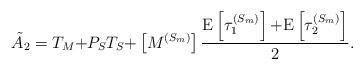
LaTeX: \begin{align*}\tilde{A}_2 = T_M {+} P_S T_S {+} \left[ M^{(S_m)}\right] \frac{\textrm{E}\left[ \tau^{(S_m)}_1 \right] {+} \textrm{E}\left[ \tau^{(S_m)}_2 \right]}{2}.\end{align*}